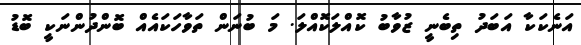
އަނެކަކާ އަބަދު ތިބެނީ ޒުވާބު ކޮއްލަކޮއްލަ. މަ ބުނަންް ތަވާހަކައެއް ބޮންދުންނަކީ ބޮޑު